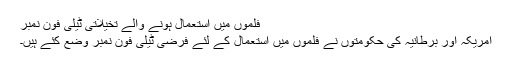
فلموں میں استعمال ہونے والے تخیلاتی ٹیلی فون نمبر
امریکہ اور برطانیہ کی حکومتوں نے فلموں میں استعمال کے لئے فرضی ٹیلی فون نمبر وضع کئے ہیں۔